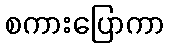
စကားပြောကာ